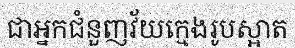
ជាអ្នកជំនួញវ័យក្មេងរូបស្អាត